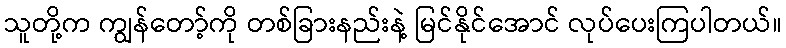
သူတို့က ကျွန်တော့်ကို တစ်ခြားနည်းနဲ့ မြင်နိုင်အောင် လုပ်ပေးကြပါတယ်။